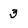
Character: 3